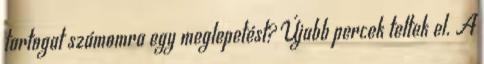
tartogat számomra egy meglepetést? Újabb percek teltek el. A